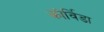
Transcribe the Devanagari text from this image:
कोर्विडा